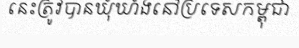
នេះត្រូវបានឃុំឃាំងនៅប្រទេសកម្ពុជា